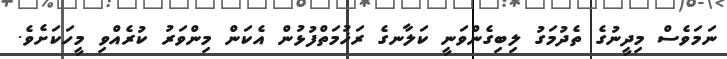
ނަމަވެސް މިދީނުގެ ތެދުމަގު ލިބިގެންވަނީ ކަލާނގެ ރަޚުމަތްފުޅުން އެކަން މިންވަރު ކުރެއްވި މީހަކަށެވެ.